Leaving Certificate Examination, 1925
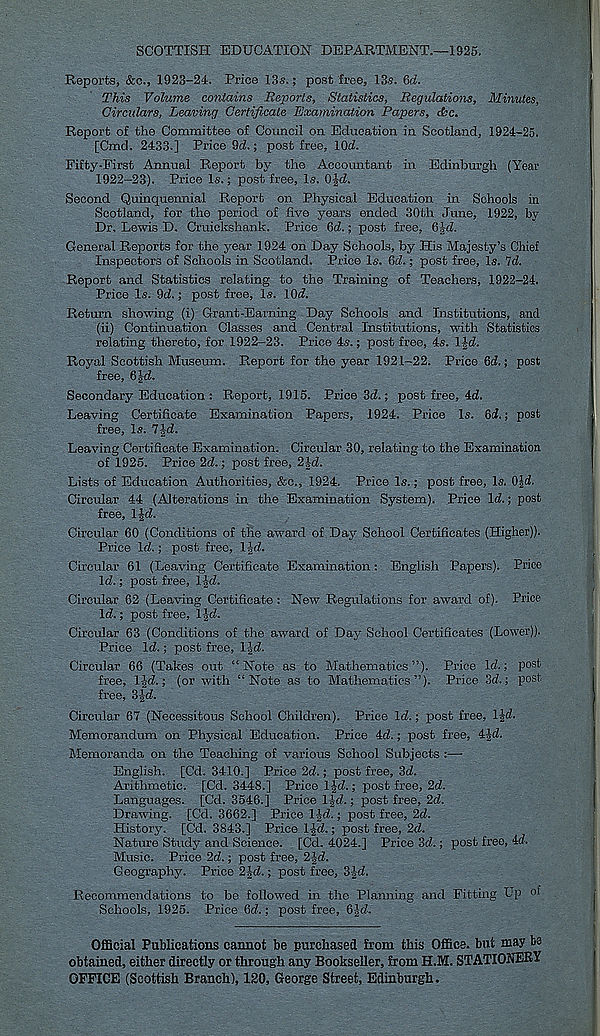
SCOTTISH EDUCATION DEPARTMENT.—1925.
Reports, &c., 1923-24, Price 13s.; post free, 13s. 6a.
This Volume contains Reports, Statistics, Regulations, Minutes,
Circulars, Leaving Certificate Examination Papers, die.
Report of the Committee of Council on Education in Scotland, 1924-25.
[Cmd. 2433.] Price Qd.; post free, lOd.
Fifty-First Annual Report by the Accountant in Edinburgh (Year
1922-23). Price Is.; post free, Is, OJd.
Second Quinquennial Report on Physical Education in Schools in
Scotland, for the period of five years ended 30th June, 1922, by
Dr. Lewis D. Cruickshank, Price 6d.; post free, 6W.
General Reports for the year 1924 on Day Schools, by His Majesty’s Chief
Inspectors of Schools in Scotland. Price Is. 6cl.; post free, Is. 7d.
Report and Statistics relating to the Training of Teachers, 1922-24.
Price Is. 9d.; post free. Is, lOd.
Return showing (i) Grant-Earning Day Schools and Institutions, and
(ii) Continuation Classes and Central Institutions, with Statistics
relating thereto, for 1922-23. Price 4s.; post free, 4s. l£d.
Royal Scottish Museum. Report for the year 1921-22. Price 6d.; post
free, 6}d,
Secondary Education : Report, 1915. Price 3cf.; post free, 4d.
Leaving Certificate Examination Papers, 1924. Price Is. Si.; post
free, Is. 7|i.
Leaving Certificate Examination. Circular 30, relating to the Examination
of 1925. Price 2i.; post free, 2-id.
Lists of Education Authorities, &c., 1924. Price Is.; post free, Is. 0|i.
Circular 44 (Alterations in the Examination System). Price li.; post
free, l|i.
Circular 60 (Conditions of the award of Day School Certificates (Higher)).
Price Id.; post free, IJd.
Circular 61 (Leaving Certificate Examination: English Papers). Price
Id.; post free, 1-Jd.
Circular 62 (Leaving Certificate : New Regulations for award of). Price
Id.; post free, I Jd.
Circular 63 (Conditions of the award of Day School Certificates (Lower)).
Price Id.; post free, l|d.
Circular 66 (Takes out “Note as to Mathematics ”), Price Id.; post
free, 1-Jd.; (or with “Note as to Mathematics”). Price 3d.; post
free, S-Jd.
Circular 67 (Necessitous School Children). Price Id.; post free, IJd.
Memorandum on Physical Education. Price 4d.; post free, 4Jd.
Memoranda on the Teaching of various School Subjects :—
English. [Cd. 3410.) Price 2d.; post free, 3d.
Arithmetic. [Cd. 3448.) Price 1-Jd.; post free, 2d.
Languages. [Cd. 3546.) Price IJd.; post free, 2d.
Drawing. [Cd. 3662.) Price l|d.; post free, 2d.
History. [Cd. 3843.) Price 1-Jd.; post free, 2d.
Nature Study and Science. [Cd. 4024.) Price 3d.; post free, 4d.
Music. Price 2d.; post free, 2|d.
Geography. Price 2Jd.; post free, 3Jd.
Recommendations to be followed in the Planning and Fitting Up of
Schools, 1925. Price 6d.; post free, 6-Jd.
Official Publications cannot be purchased from this Office, but may
obtained, either directly or through any Bookseller, from H.M. STATIONERY
OFFICE (Scottish Branch), 120, George Street, Edinburgh,